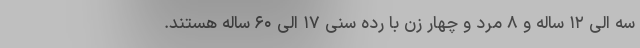
سه الی ۱۲ ساله و ۸ مَرد و چهار زن با رده سنی ۱۷ الی ۶۰ ساله هستند.